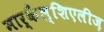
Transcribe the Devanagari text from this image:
मार्कैंल्शिएलीज़